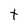
Character: t